Indian journal of veterinary science and animal husbandry - Volume 1,
Year: 1931
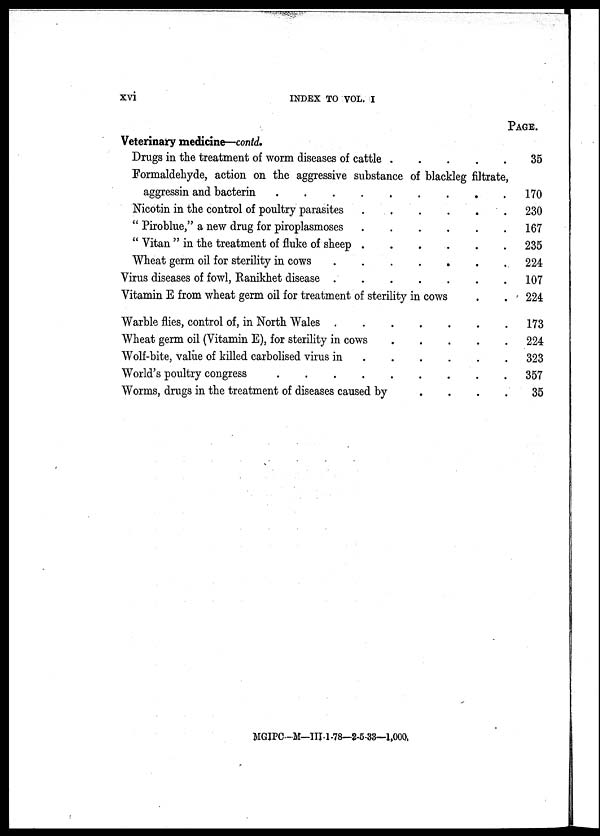
xvi
INDEX TO VOL. I
Veterinary medicine—contd.
Drugs in the treatment of worm diseases of cattle
.
.
.
.
.
Formaldehyde, action on the aggressive substance of blackleg filtrate,
aggressin and bacterin
Nicotin in the control of poultry parasites
" Piroblue," a new drug for piroplasmoses
" Vitan " in the treatment of fluke of sheep
Wheat germ oil for sterility in cows
Virus diseases of fowl, Ranikhet disease
Vitamin E from wheat germ oil for treatment of sterility in cows . .
Warble flies, control of, in North Wales
Wheat germ oil (Vitamin E), for sterility in cows
....
Wolf-bite, value of killed carbolised virus in
World's poultry congress
.
.
.
.
.
.
.
.
Worms, drugs in the treatment of diseases caused by
.
.
.
PAGE.
35
170
230
167
235
224
107
224
173
224
323
357
35
MGIPC—M—III-1-78—2-5-33—1,000.